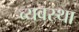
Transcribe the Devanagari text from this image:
व्यवस्र्था